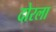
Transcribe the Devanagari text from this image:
दोरला